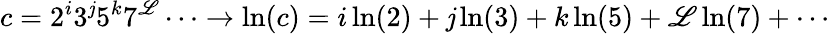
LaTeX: c=2^{i}3^{\mathit{j}}5^{k}7^{\mathscr{L}}\cdots\rightarrow\ln(c)=i\ln(2)+\mathit{j}\ln(3)+k\ln(5)+\mathscr{L}\ln(7)+\cdots